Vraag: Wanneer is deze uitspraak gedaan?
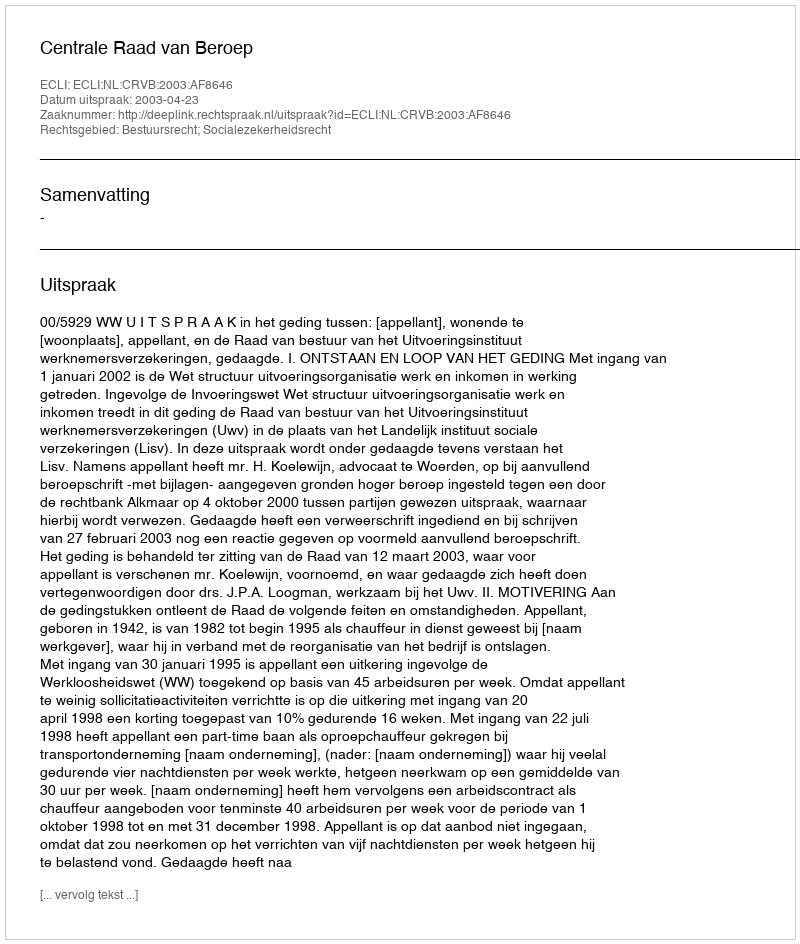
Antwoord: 2003-04-23